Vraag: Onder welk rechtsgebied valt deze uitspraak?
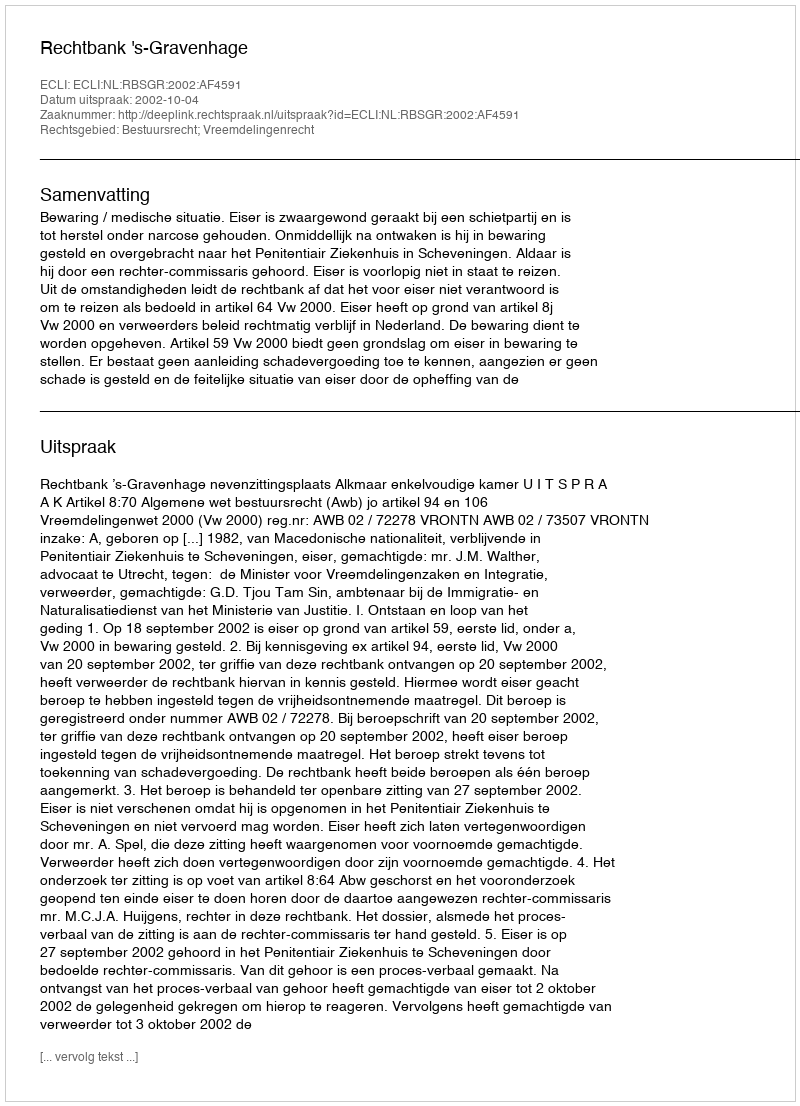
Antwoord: Bestuursrecht; Vreemdelingenrecht